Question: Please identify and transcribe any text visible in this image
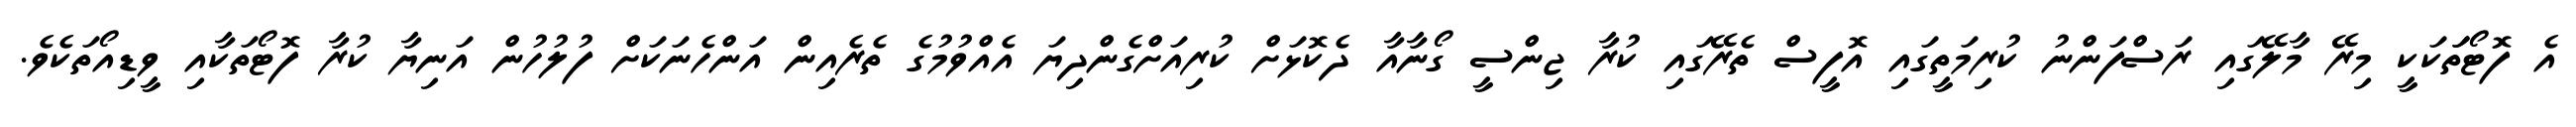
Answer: އެ ފޮޓޯތަަކަކީ މިރޭ މާލޭގައި ރަސްފަންނު ކުރިމަތީގައި އޮފީސް ތެރޭގައި ކުރާ ޖިންސީ ގޯނާއާ ދެކޮޅަށް ކުރިއަށްގެންދިޔަ އެއްވުމުގެ ތެރެއިން އަންހެނަކަށް ފުލުހުން އަނިޔާ ކުރާ ފޮޓޯތަކާއި ވީޑިއޯތަކެވެ.